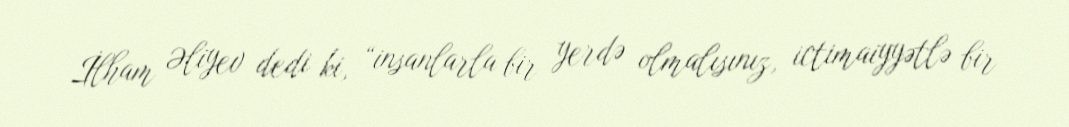
İlham Əliyev dedi ki, “insanlarla bir yerdə olmalısınız, ictimaiyyətlə bir